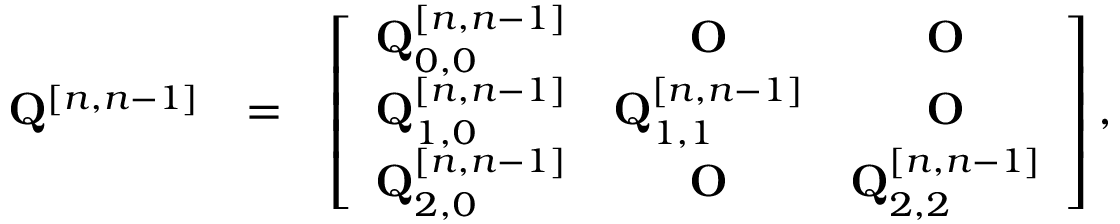
\begin{array} { r l r } { { \bf Q } ^ { [ n , n - 1 ] } } & { = } & { \left[ \begin{array} { c c c } { { \bf Q } _ { 0 , 0 } ^ { [ n , n - 1 ] } } & { { \bf O } } & { { \bf O } } \\ { { \bf Q } _ { 1 , 0 } ^ { [ n , n - 1 ] } } & { { \bf Q } _ { 1 , 1 } ^ { [ n , n - 1 ] } } & { { \bf O } } \\ { { \bf Q } _ { 2 , 0 } ^ { [ n , n - 1 ] } } & { { \bf O } } & { { \bf Q } _ { 2 , 2 } ^ { [ n , n - 1 ] } } \end{array} \right] , } \end{array}